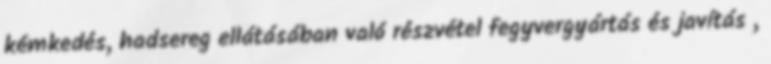
kémkedés, hadsereg ellátásában való részvétel fegyvergyártás és javítás ,